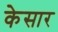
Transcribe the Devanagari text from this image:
केसार